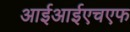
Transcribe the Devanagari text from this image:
आईआईएचएफ